system: You are a helpful assistant.
user:
Analyze the provided spectrum to determine if it is a **M-type Giant (gM)**.

A M-type Giant spectrum is defined by its **strong molecular absorption** features, particularly from **Titanium Oxide (TiO)**. You must check for one of the following mutually exclusive signatures:

- **Key Visual Indicators (Absorption-Dominated Spectrum):**

    - **(Primary):** The spectrum is dominated by strong molecular absorption from **Titanium Oxide (TiO)**. This is the **defining feature** of its M-type temperature class.
        - **(Key Bandheads):** Look for sharp, "saw-tooth" absorption valleys. The strongest are located near **~7050 Å**, **~6160 Å**, and **~5170 Å**.
        - **(Line Profile):** The "saw-tooth" morphology is critical: a **sharp, steep drop on the BLUE (short-wavelength) side** of the bandhead, followed by a gradual recovery (rising flux) towards the RED (long-wavelength) side.

    - **(Key Confirmation - Giant vs. Dwarf):** **ABSENCE** of strong **Calcium Hydride (CaH)** molecular bands. This is the primary diagnostic for *excluding* M-dwarfs.
        - **(Key Region):** The spectrum should lack the strong, broad absorption band seen in dwarfs between **~6800 Å and ~7000 Å**.

    - **(Secondary Confirmation - Giant):** A very strong and broad **Neutral Calcium (Ca I)** atomic absorption line.
        - **(Key Line):** Located at **~4226 Å**. In a giant (gM), this line is significantly deeper and broader than the same line in an M-dwarf (dM) due to low surface gravity.

    - **(Overall Spectrum):**
        - The continuum is **extremely red-sloping** (i.e., flux is very low in the blue and rises dramatically towards the red).
        - The entire spectrum appears "chopped up" by the deep TiO bands.

Think first, call **spectral_visualization_tool** if needed to examine features in detail, then provide your final answer. Your response must adhere to the following strict rules:
1.  **Overall Structure:** Your response must follow the format `<think>...</think> <tool_call>...</tool_call> (if a tool is used) <answer>...</answer>`.
2.  **Tool Usage Constraint:** You may only make **one** tool call per turn.
3.  **Final Answer Format:** In the `<answer>` tag, your conclusion must be inside a `\boxed{}` command (e.g., `\boxed{YES}` or `\boxed{NO}`), followed by your justification.

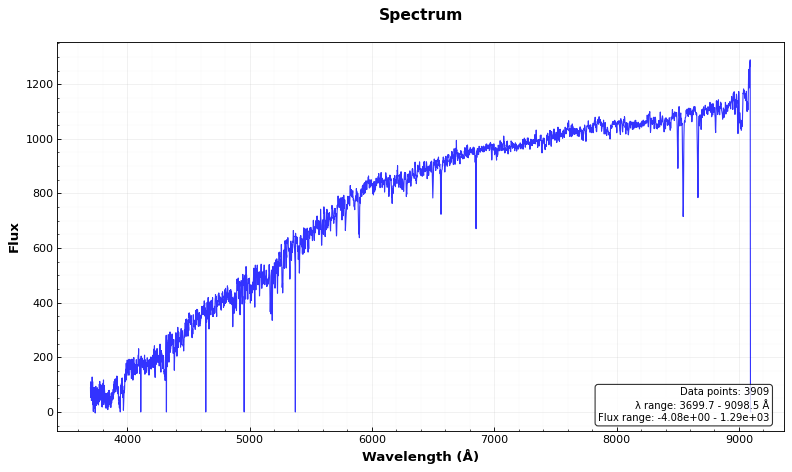
Answer: NO